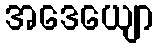
အဒေယျော